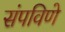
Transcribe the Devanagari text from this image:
संपविणे